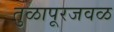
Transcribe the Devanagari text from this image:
तुळापूरजवळ